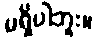
မရှိပါဘူး။